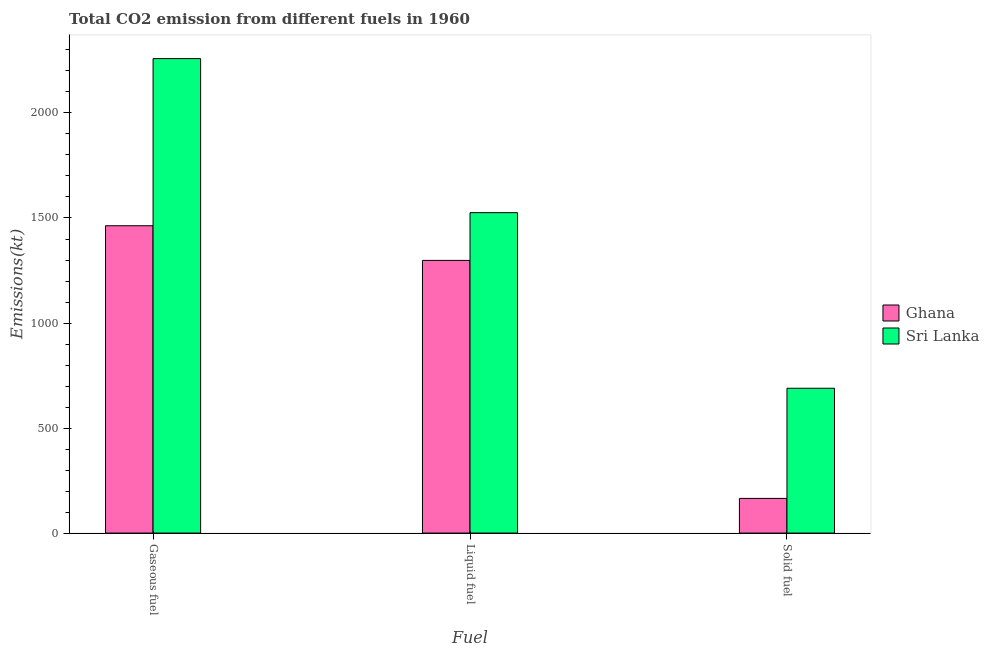
| Fuel | Ghana | Sri Lanka |
 | --- | --- | --- |
 | Gaseous fuel | 1.46e+03 | 2.26e+03 |
 | Liquid fuel | 1.3e+03 | 1.53e+03 |
 | Solid fuel | 165 | 689 |